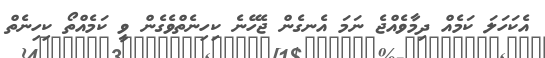
އެކަހަލަ ކަމެއް ދިމާވެއްޖެ ނަމަ އެނގެން ޖެހޭނެ ކިހިނެތްވެގެން ވީ ކަމެއްތޯ ކިހިނެތް